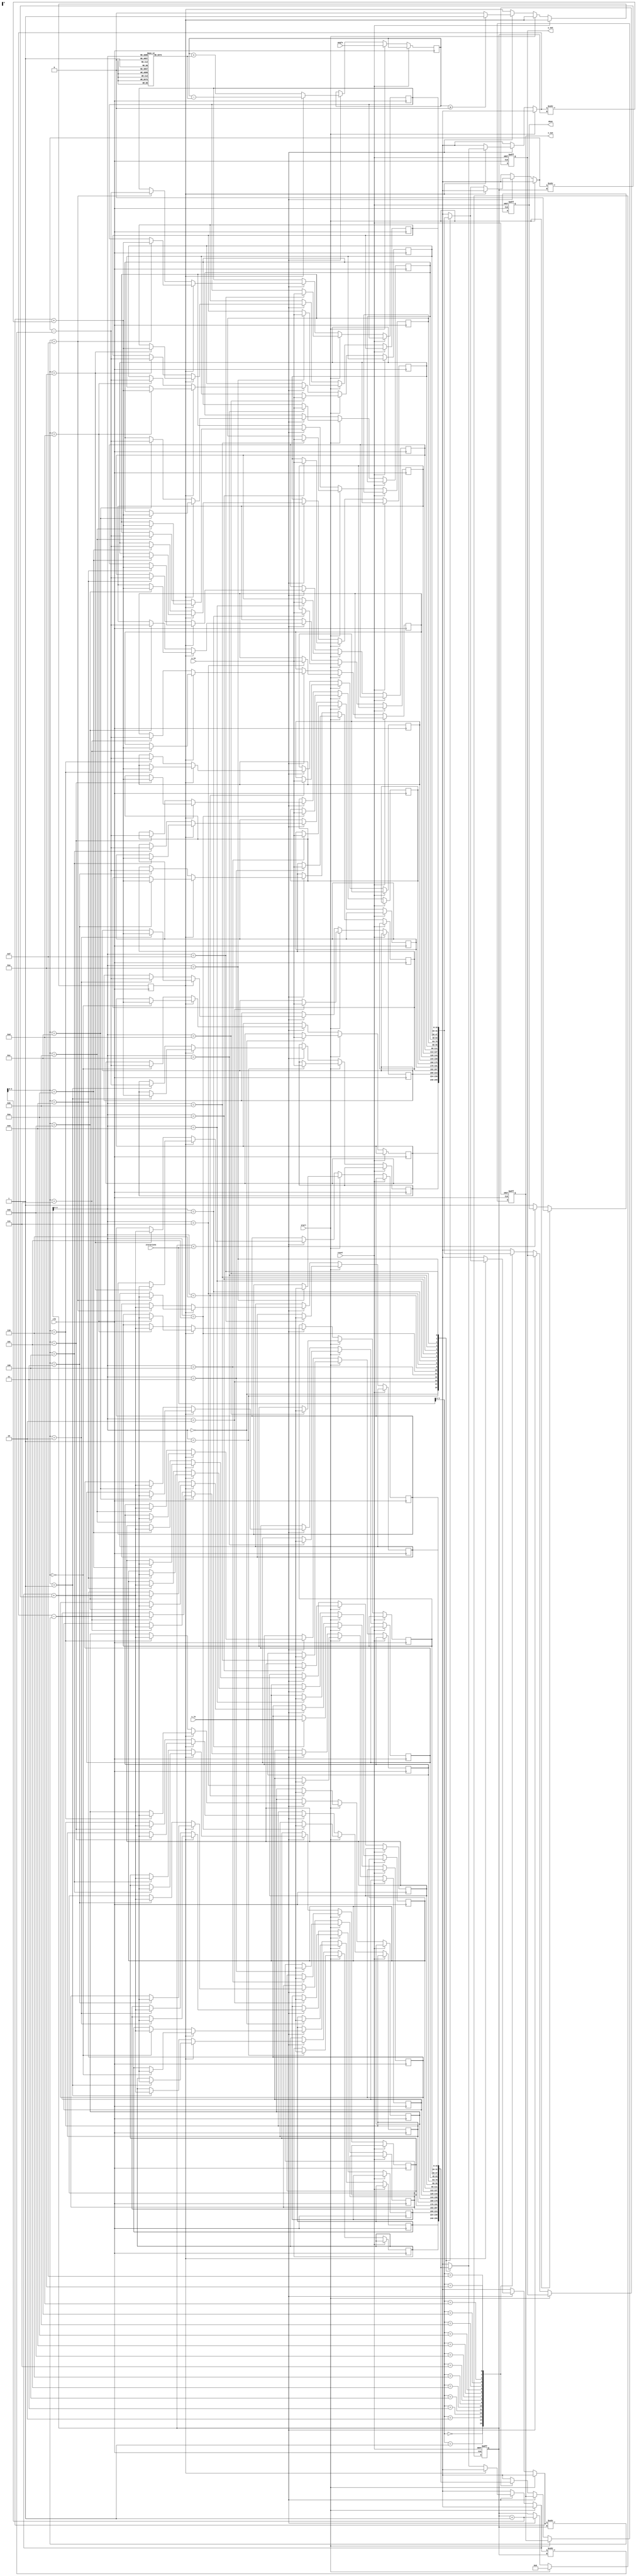
module CORDIC_2D (
    input wire clk,
    input wire reset,
    input wire start,
    input wire [15:0] x_in,
    input wire [15:0] y_in,
    input wire [15:0] angle,
    input wire [4:0] iterations, // number of iterations
    output reg [15:0] x_out,
    output reg [15:0] y_out,
    output reg done
);

    reg [15:0] x [0:15]; // registers for x vector
    reg [15:0] y [0:15]; // registers for y vector
    reg [4:0] count; // iteration counter
    reg [15:0] angle_table [0:15]; // angle lookup table
    reg [15:0] angle_temp; // temporary angle storage
    reg direction; // rotation direction

    // Initialize angle lookup table
    initial begin
        angle_table[0] = 16'hDB; // atan(2^-0)
        angle_table[1] = 16'hA3; // atan(2^-1)
        angle_table[2] = 16'h51; // atan(2^-2)
        angle_table[3] = 16'h28; // atan(2^-3)
        angle_table[4] = 16'h14; // atan(2^-4)
        angle_table[5] = 16'h0A; // atan(2^-5)
        angle_table[6] = 16'h05; // atan(2^-6)
        angle_table[7] = 16'h02; // atan(2^-7)
        // Add more values for higher iterations if needed
    end

    // Control Unit
    always @(posedge clk or posedge reset) begin
        if (reset) begin
            done <= 0;
            count <= 0;
            x_out <= 0;
            y_out <= 0;
        end else if (start) begin
            // Initialize
            x[count] <= x_in;
            y[count] <= y_in;
            angle_temp <= angle;
            count <= 0;
            done <= 0;
        end else if (count < iterations) begin
            // Perform CORDIC iterations
            direction <= (angle_temp >= 0) ? 1 : 0; // determine rotation direction
            if (direction) begin
                x[count+1] <= x[count] - (y[count] >>> count);
                y[count+1] <= y[count] + (x[count] >>> count);
                angle_temp <= angle_temp - angle_table[count];
            end else begin
                x[count+1] <= x[count] + (y[count] >>> count);
                y[count+1] <= y[count] - (x[count] >>> count);
                angle_temp <= angle_temp + angle_table[count];
            end
            count <= count + 1;
        end else begin
            // Final output
            x_out <= x[iterations];
            y_out <= y[iterations];
            done <= 1;
        end
    end

endmodule